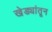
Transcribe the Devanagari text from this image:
खेड्यांतून